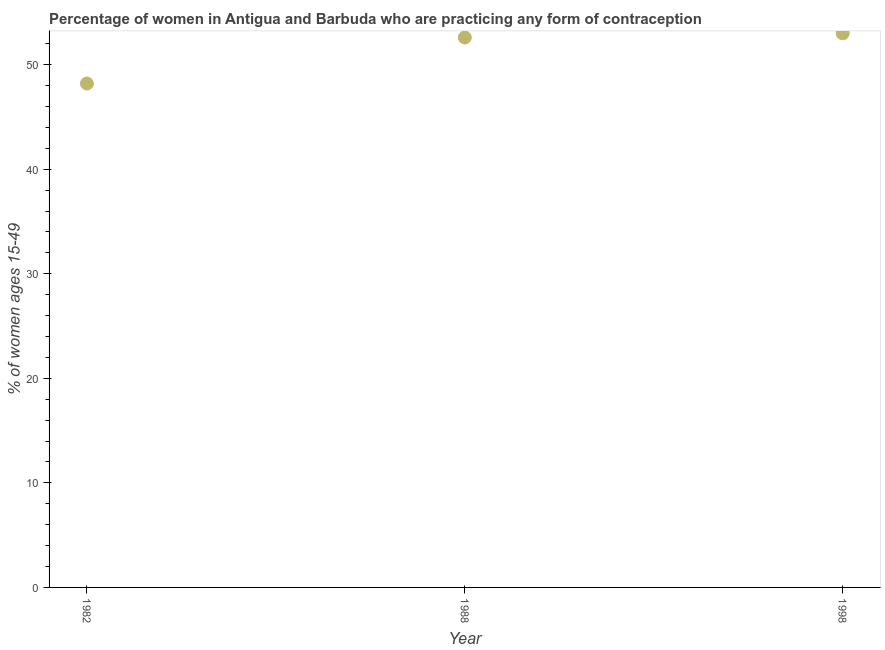
| Year | Contraceptive prevalence |
 | --- | --- |
 | 1982 | 48.2 |
 | 1988 | 52.6 |
 | 1998 | 53 |